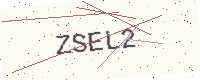
Text: ZSEL2